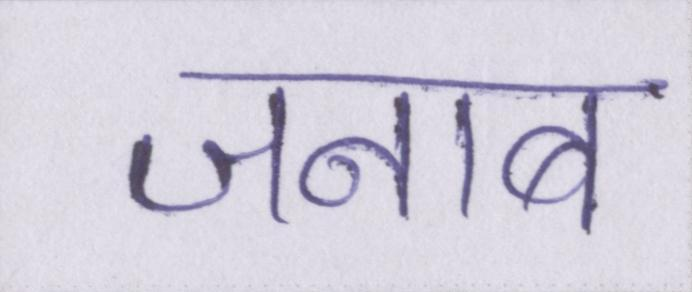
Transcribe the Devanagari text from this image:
जनाब